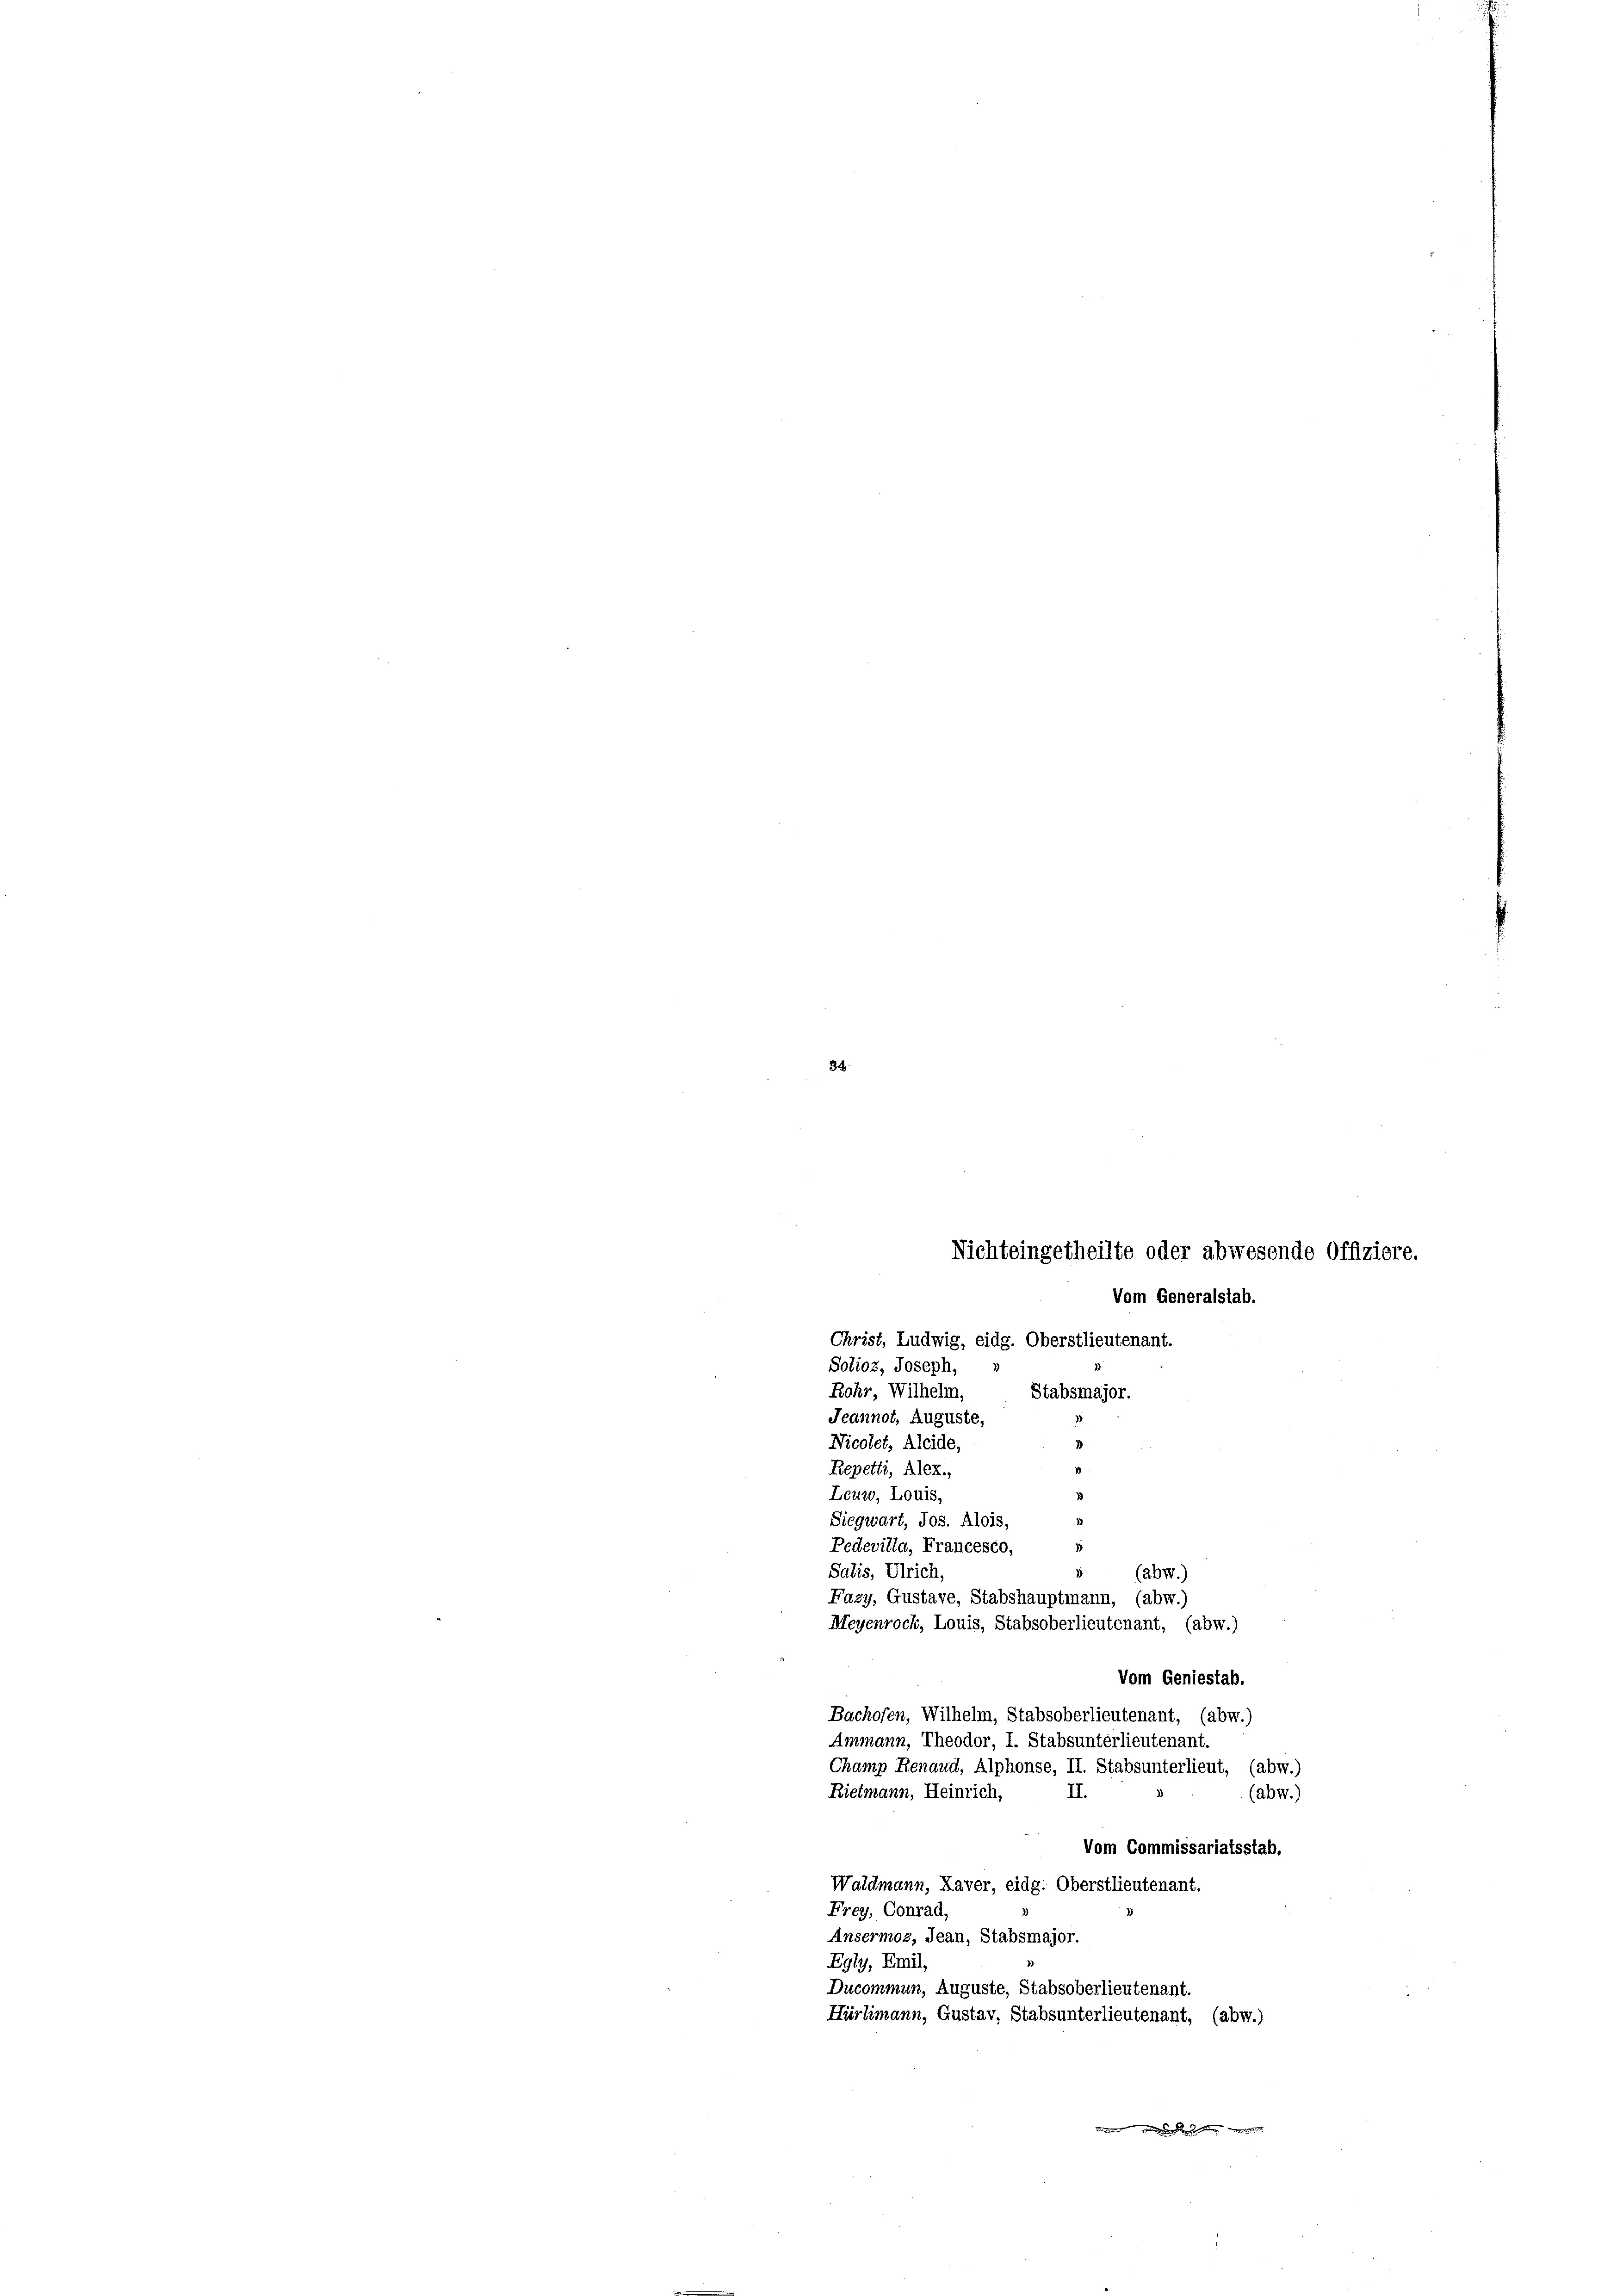
34.

Nichteingetheilte oder abwesende Offiziere.
Vom Generalstab.
Christ, Ludwig, eidg. Oberstlieutenant.
Solioz, Joseph, »
Rohr Wilhelm, Stabsmajor.

Salis, Ulrich,
(abw.)
Fazy, Gustave, Stabshauptmann, (abw.)
Meyenrock, Louis, Stabsoberlieutenant, (abw.)

Jeannot, Auguste,
Nicolet, Aleide,
d
13
Repetti, Alex.,
Leuzo, Louis,
Siegwart, Jos. Alois,
Pedevilla, Francesco,

Vom Geniestab.
Bachofen, Wilhelm, Stabsoberlieutenant, (abw.)
Ammann, Theodor, I. Stabsunterlieutenant.
Champ Renaud, Alphonse, II. Stabsunterlieut, (abw.)
II.
Rietmann, Heinrich,
(abw.)
Vom Commissariatsstab.
Waldmann, Laver, eidg. Oberstlieutenant.
Frey, Conrad,
Ansermoz, Jean, Stabsmajor.
Egly, Emil,
Ducommun, Auguste, Stabsoberlieutenant.
Hürlimann, Gustav, Stabsunterlieutenant, (abw.)